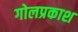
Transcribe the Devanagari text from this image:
गोलप्रकाश